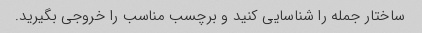
ساختار جمله را شناسایی کنید و برچسب مناسب را خروجی بگیرید.